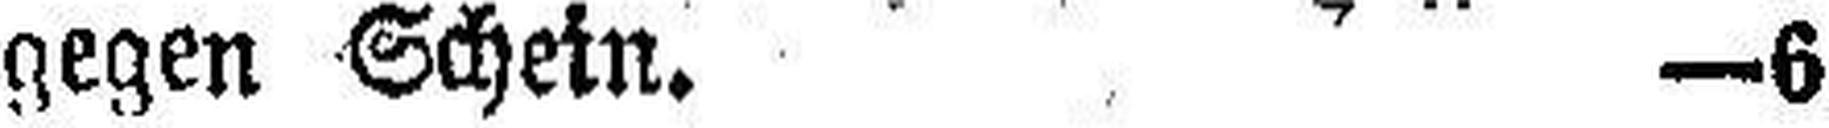
gegen Schein. —6